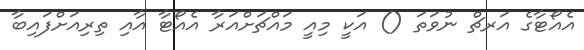
އެއޯޓާގެ އަރޗް ނުވަތަ () އަކީ މިއީ މައްޗަށްއަރާ އެއޯޓާ އާއި ތިރިއަށްފައިބާ